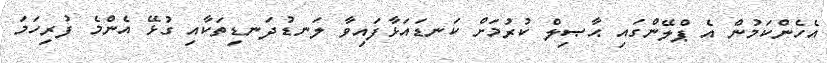
އެހެންކަމުން އެ ޕްލޭންގައި ޙާޞިލް ކުރުމަށް ކަނޑައަޅާފައިވާ ލަނޑުދަނޑިތަކާއި ގުޅޭ އެންމެ ފުރިހަމަ